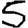
Digit: 5